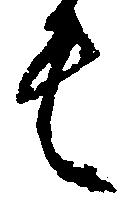
言